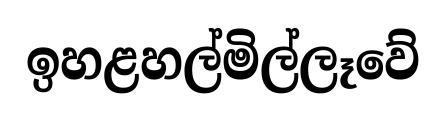
ඉහළහල්මිල්ලෑවේ